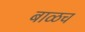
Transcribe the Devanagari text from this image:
बाळच